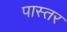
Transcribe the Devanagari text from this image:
पास्तर